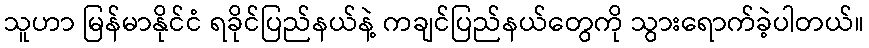
သူဟာ မြန်မာနိုင်ငံ ရခိုင်ပြည်နယ်နဲ့ ကချင်ပြည်နယ်တွေကို သွားရောက်ခဲ့ပါတယ်။